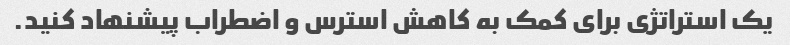
یک استراتژی برای کمک به کاهش استرس و اضطراب پیشنهاد کنید.